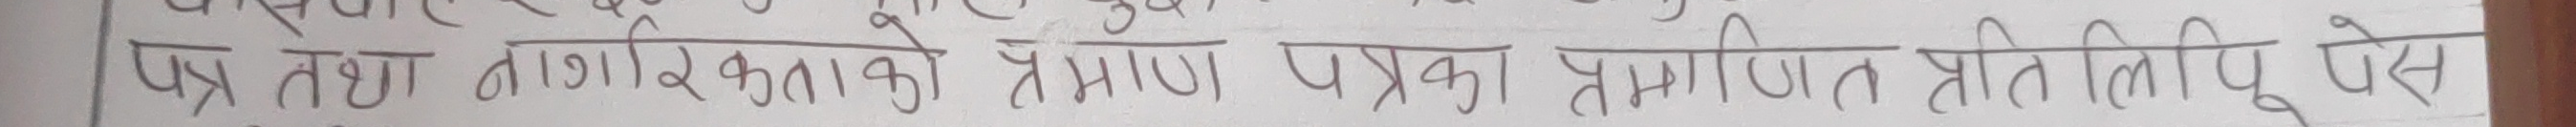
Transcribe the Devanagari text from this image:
पत्र तथा नागरिकताको प्रमाण पत्रका प्रमाणित प्रतिलिपि पेस